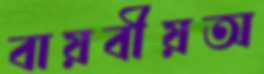
বায়বীয়অ